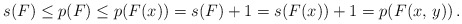
\begin{align*}s(F)\le p(F)\le p(F(x))=s(F)+1=s(F(x))+1=p(F(x,\,y))\,.\end{align*}